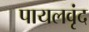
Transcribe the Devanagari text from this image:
पायलवृंद